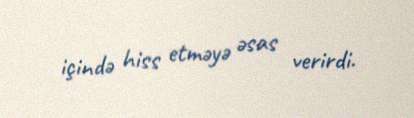
içində hiss etməyə əsas verirdi.